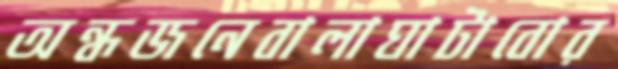
অন্ধজনেবালাঘাটাবোর